Document type: Acquittal of debt
Year: 1424
Scribe: Francesc de Casanoves
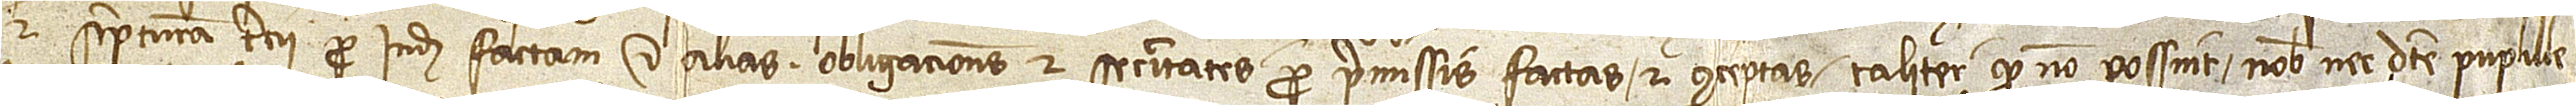
in scripturam tercii pro inde factam et alias obligaciones et securitates pro premissis factas et conceptas, taliter quod no possint nobis nec dicte pupille